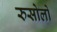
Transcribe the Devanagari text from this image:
रुसोलो